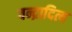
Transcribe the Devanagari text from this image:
चन्द्रादित्य